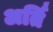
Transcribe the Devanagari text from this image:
अर्ति